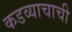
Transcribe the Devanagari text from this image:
कडव्याचाची